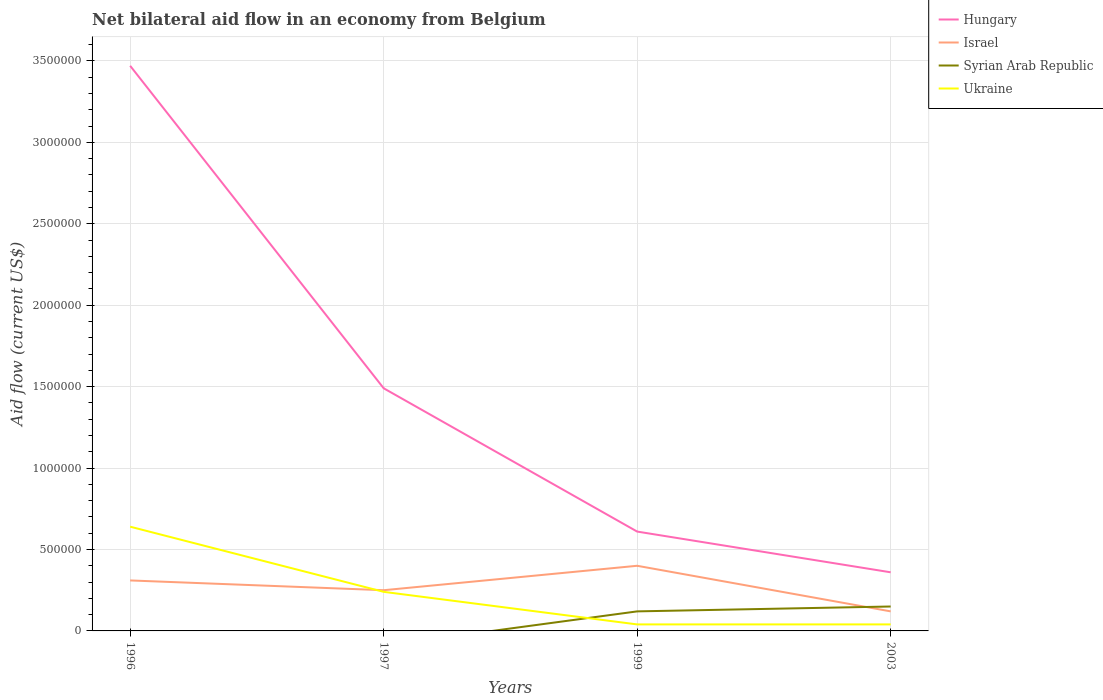
| Years | Hungary | Israel | Syrian Arab Republic | Ukraine |
 | --- | --- | --- | --- | --- |
 | 1996 | 3.47e+06 | 3.1e+05 | -1.2e+05 | 6.4e+05 |
 | 1997 | 1.49e+06 | 2.5e+05 | -9e+04 | 2.4e+05 |
 | 1999 | 6.1e+05 | 4e+05 | 1.2e+05 | 4e+04 |
 | 2003 | 3.6e+05 | 1.2e+05 | 1.5e+05 | 4e+04 |